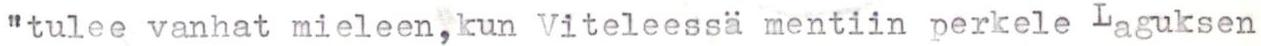
"tulee vanhat mieleen, kun Viteleessä mentiin perkele Laguksen